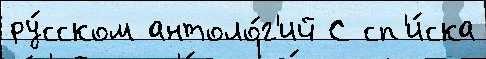
ру́сском антоло́г'ий С сп'и́ска